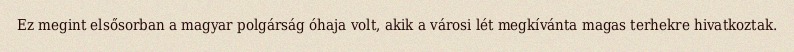
Ez megint elsősorban a magyar polgárság óhaja volt, akik a városi lét megkívánta magas terhekre hivatkoztak.